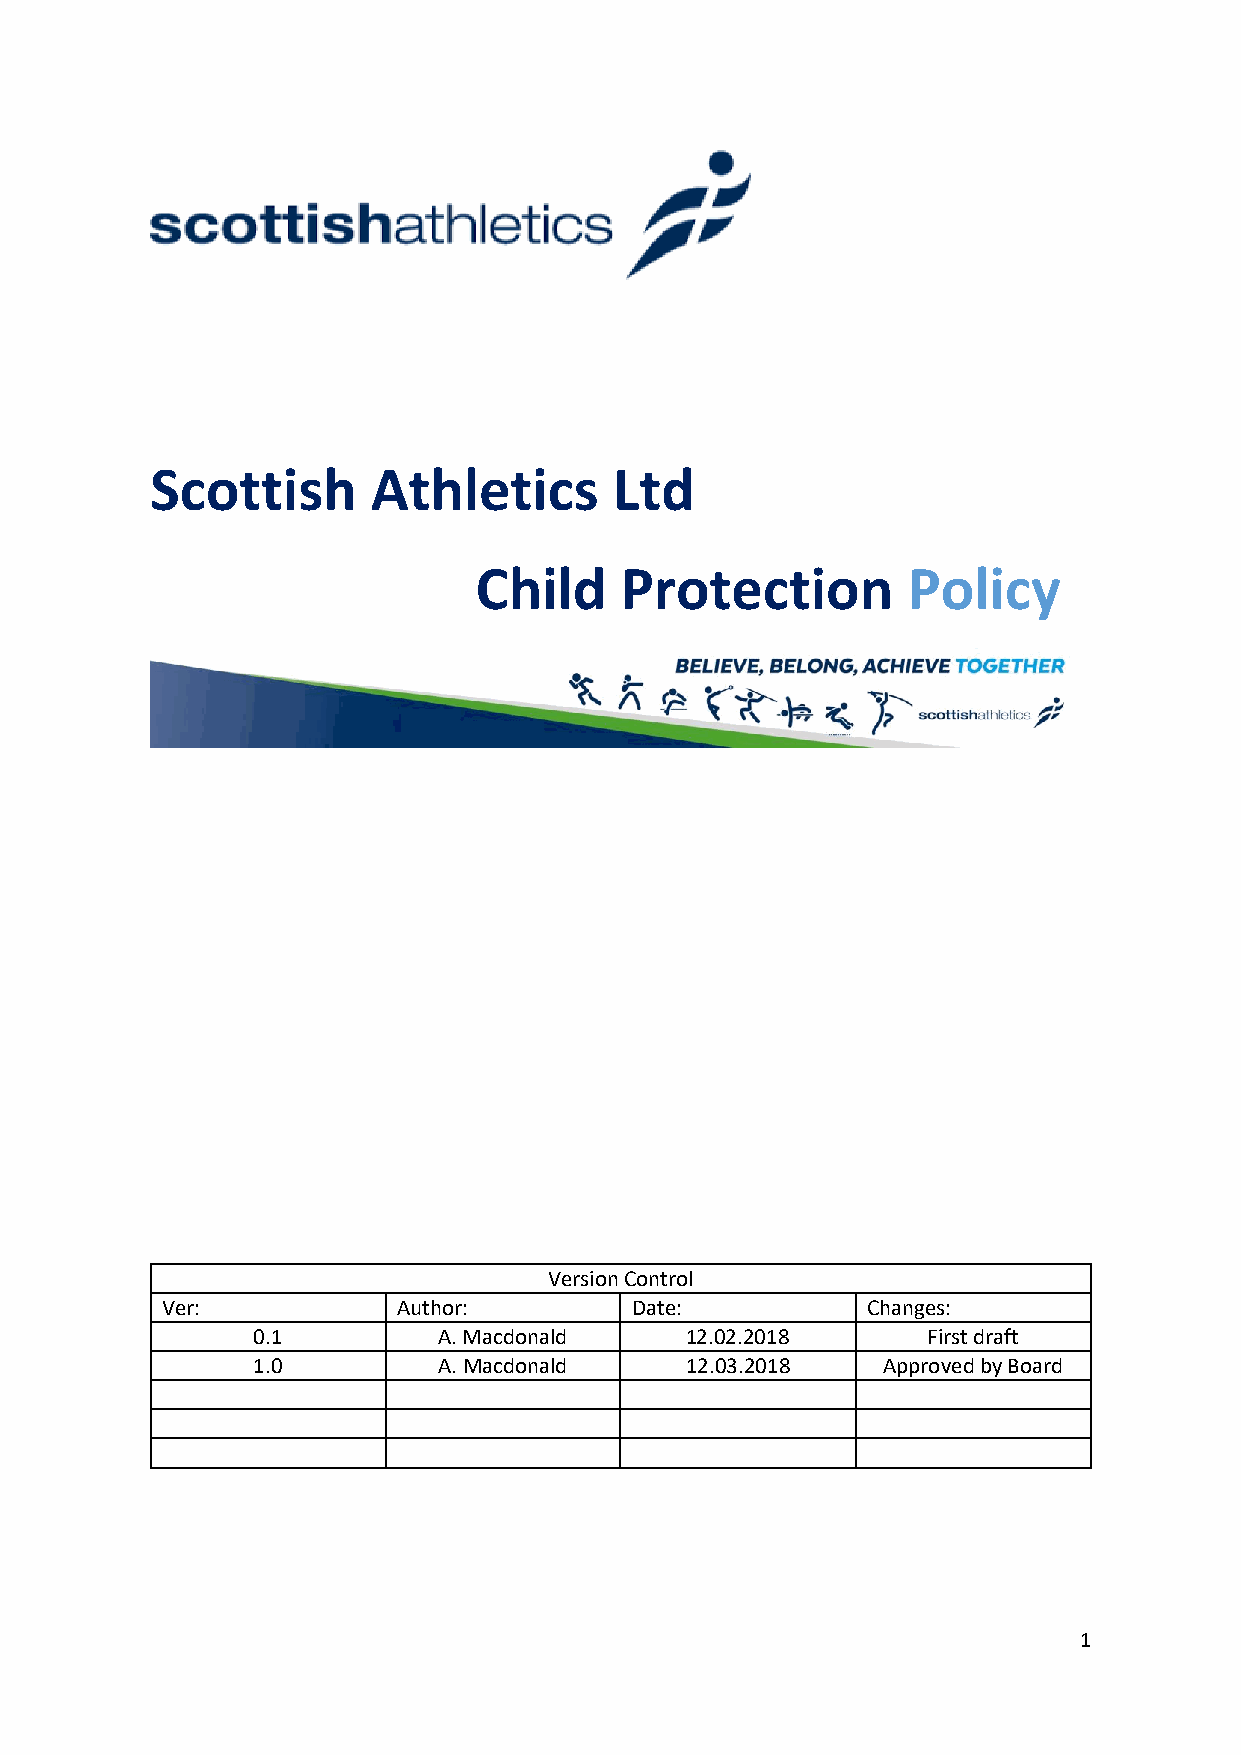
Scottish       Athletics       Ltd
 Child     Protection         Policy
 Version Control
 Ver:           Author:         Date:          Changes:
 0.1         A. Macdonald    12.02.2018      First draft
 1.0         A. Macdonald    12.03.2018   Approved by Board
 1